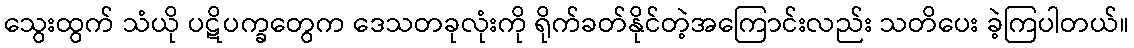
သွေးထွက် သံယို ပဋိပက္ခတွေက ဒေသတခုလုံးကို ရိုက်ခတ်နိုင်တဲ့အကြောင်းလည်း သတိပေး ခဲ့ကြပါတယ်။